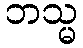
ဘသ္မ